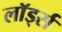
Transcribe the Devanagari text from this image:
लॉर्ड्‍स